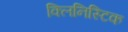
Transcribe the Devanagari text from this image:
क्लिनिस्टिक